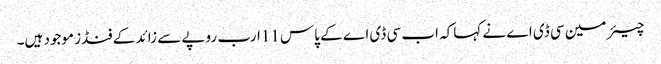
چیئر مین سی ڈی اے نے کہاکہ اب سی ڈی اے کے پاس 11ارب روپے سے زائد کے فنڈز موجود ہیں۔